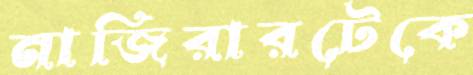
নাজিরারটেকে